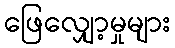
ဖြေလျှော့မှုများ